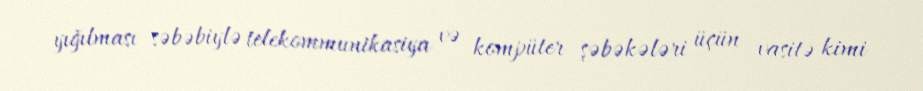
yığılması səbəbiylə telekommunikasiya və kompüter şəbəkələri üçün vasitə kimi